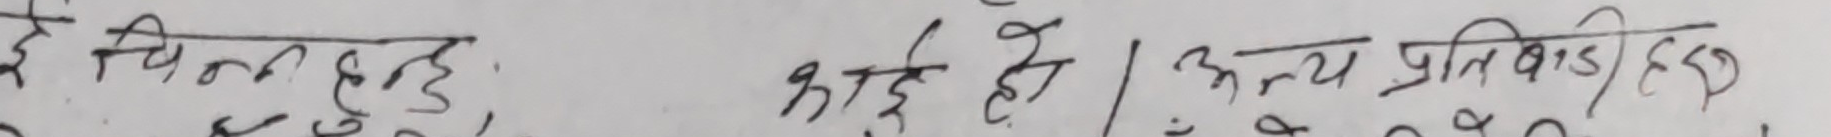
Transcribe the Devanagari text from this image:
के चिनलाई रही छ । अतुल्य प्रतिष्ठा ह